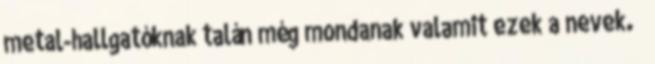
metal-hallgatóknak talán még mondanak valamit ezek a nevek. 🙂